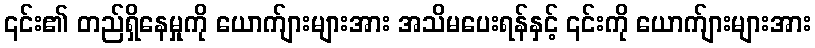
၎င်း၏ တည်ရှိနေမှုကို ယောက်ျားများအား အသိမပေးရန်နှင့် ၎င်းကို ယောက်ျားများအား